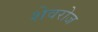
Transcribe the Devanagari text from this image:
शेवरोज